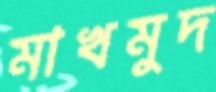
মাখমুদ